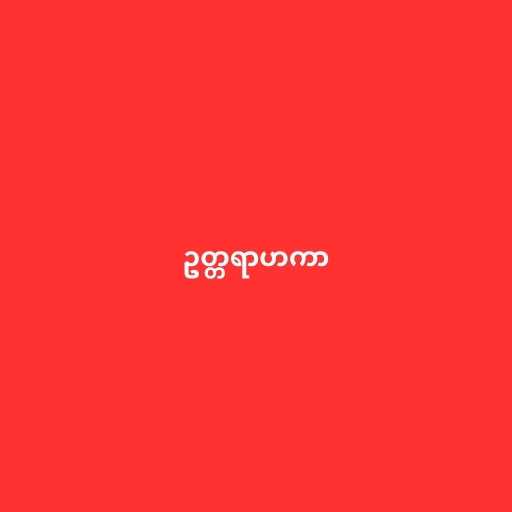
ဥတ္တရာဟကာ